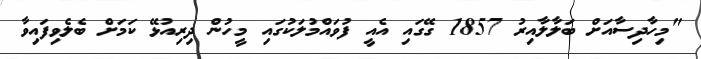
"މިހާދިސާއަށް ބަލާލާއިރު 1857 ގޭގައި އެއީ ފުވައްމުލަކުގައި މީހުން ދިރިއުޅޭ ކަމަށް ބެލެވިފައިވާ